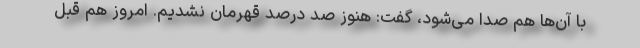
با آن‌ها هم صدا می‌شود، گفت: هنوز صد درصد قهرمان نشدیم. امروز هم قبل